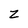
Character: z